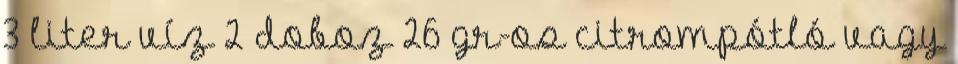
3 liter víz 2 doboz 26 gr-os citrompótló vagy